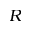
R